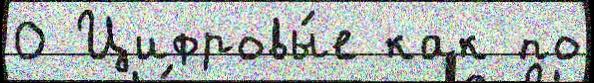
0 Цифровы́е как по